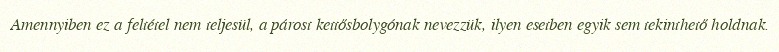
Amennyiben ez a feltétel nem teljesül, a párost kettősbolygónak nevezzük, ilyen esetben egyik sem tekinthető holdnak.